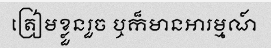
ត្រៀមខ្លួនរួច ឬក៏មានអារម្មណ៍